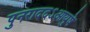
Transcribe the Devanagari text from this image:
पुनराददऽआयुषे